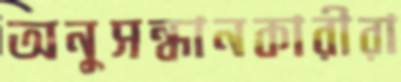
অনুসন্ধানকারীরা